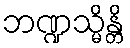
ဘဏ္ဍသ္မိန္တိ